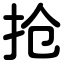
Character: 抢